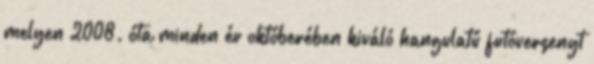
melyen 2008. óta minden év októberében kiváló hangulatú futóversenyt